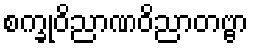
စက္ခုဝိညာဏဝိညာတဗ္ဗာ